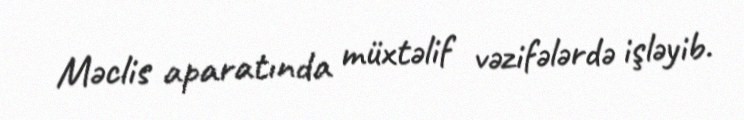
Məclis aparatında müxtəlif vəzifələrdə işləyib.